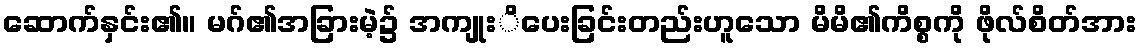
ဆောက်နှင်း၏။ မဂ်၏အခြားမဲ့၌ အကျုးိပေးခြင်းတည်းဟူသော မိမိ၏ကိစ္စကို ဖိုလ်စိတ်အား